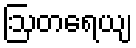
ဩတရေယျ